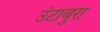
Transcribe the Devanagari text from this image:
उंटाबुरा